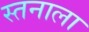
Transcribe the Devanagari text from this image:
स्तनाला